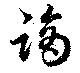
蹢